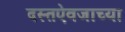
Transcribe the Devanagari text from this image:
दस्तऐवजाच्या